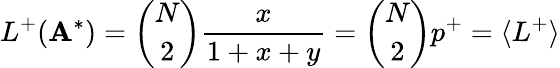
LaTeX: L^{+}(\mathbf{A}^{*})=\binom{N}{2}\frac{x}{1+x+y}=\binom{N}{2}p^{+}=\langle L^{+}\rangle